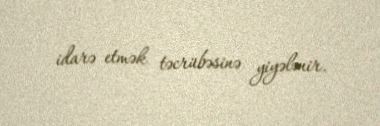
idarə etmək təcrübəsinə yiyələnir.